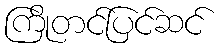
ကြိုတင်ပြင်ဆင်